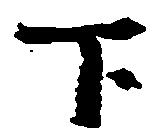
下